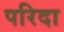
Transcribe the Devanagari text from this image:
परिदा